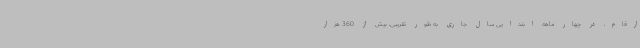
ارقام، در چهار ماهه ابتدایی سال جاری به طور تقریبی، بیش از 360 هزار